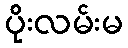
ပိုးလမ်းမ